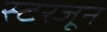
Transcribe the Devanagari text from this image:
स्टरजून